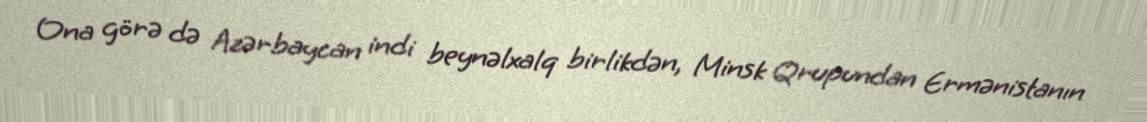
Ona görə də Azərbaycan indi beynəlxalq birlikdən, Minsk Qrupundan Ermənistanın